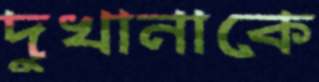
দুখানাকে